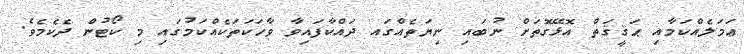
ޢަމަލެއްކަމާއި ޙަޤީޤަތް އޮޅޭގޮތަށް ނުބައި ނިޔަތެއްގައ ދައްކާފައިވާ ވާހަކަތަކެއްކަމުގައި މި ކޯޓުން ދެކެމެވެ.